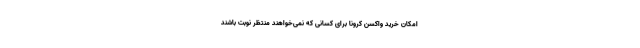
امکان خرید واکسن‌ کرونا برای کسانی که نمی‌خواهند منتظر نوبت باشند